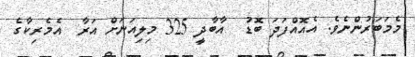
މެމަބަރުންނެވެ. އެއޮއްފަދަ ބޮޑު  އާބާދީ 325 މިލިއަނަށް އަރާ  އެމެރިކާގެ